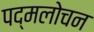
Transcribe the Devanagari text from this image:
पद्मलोचन